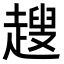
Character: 𧽏